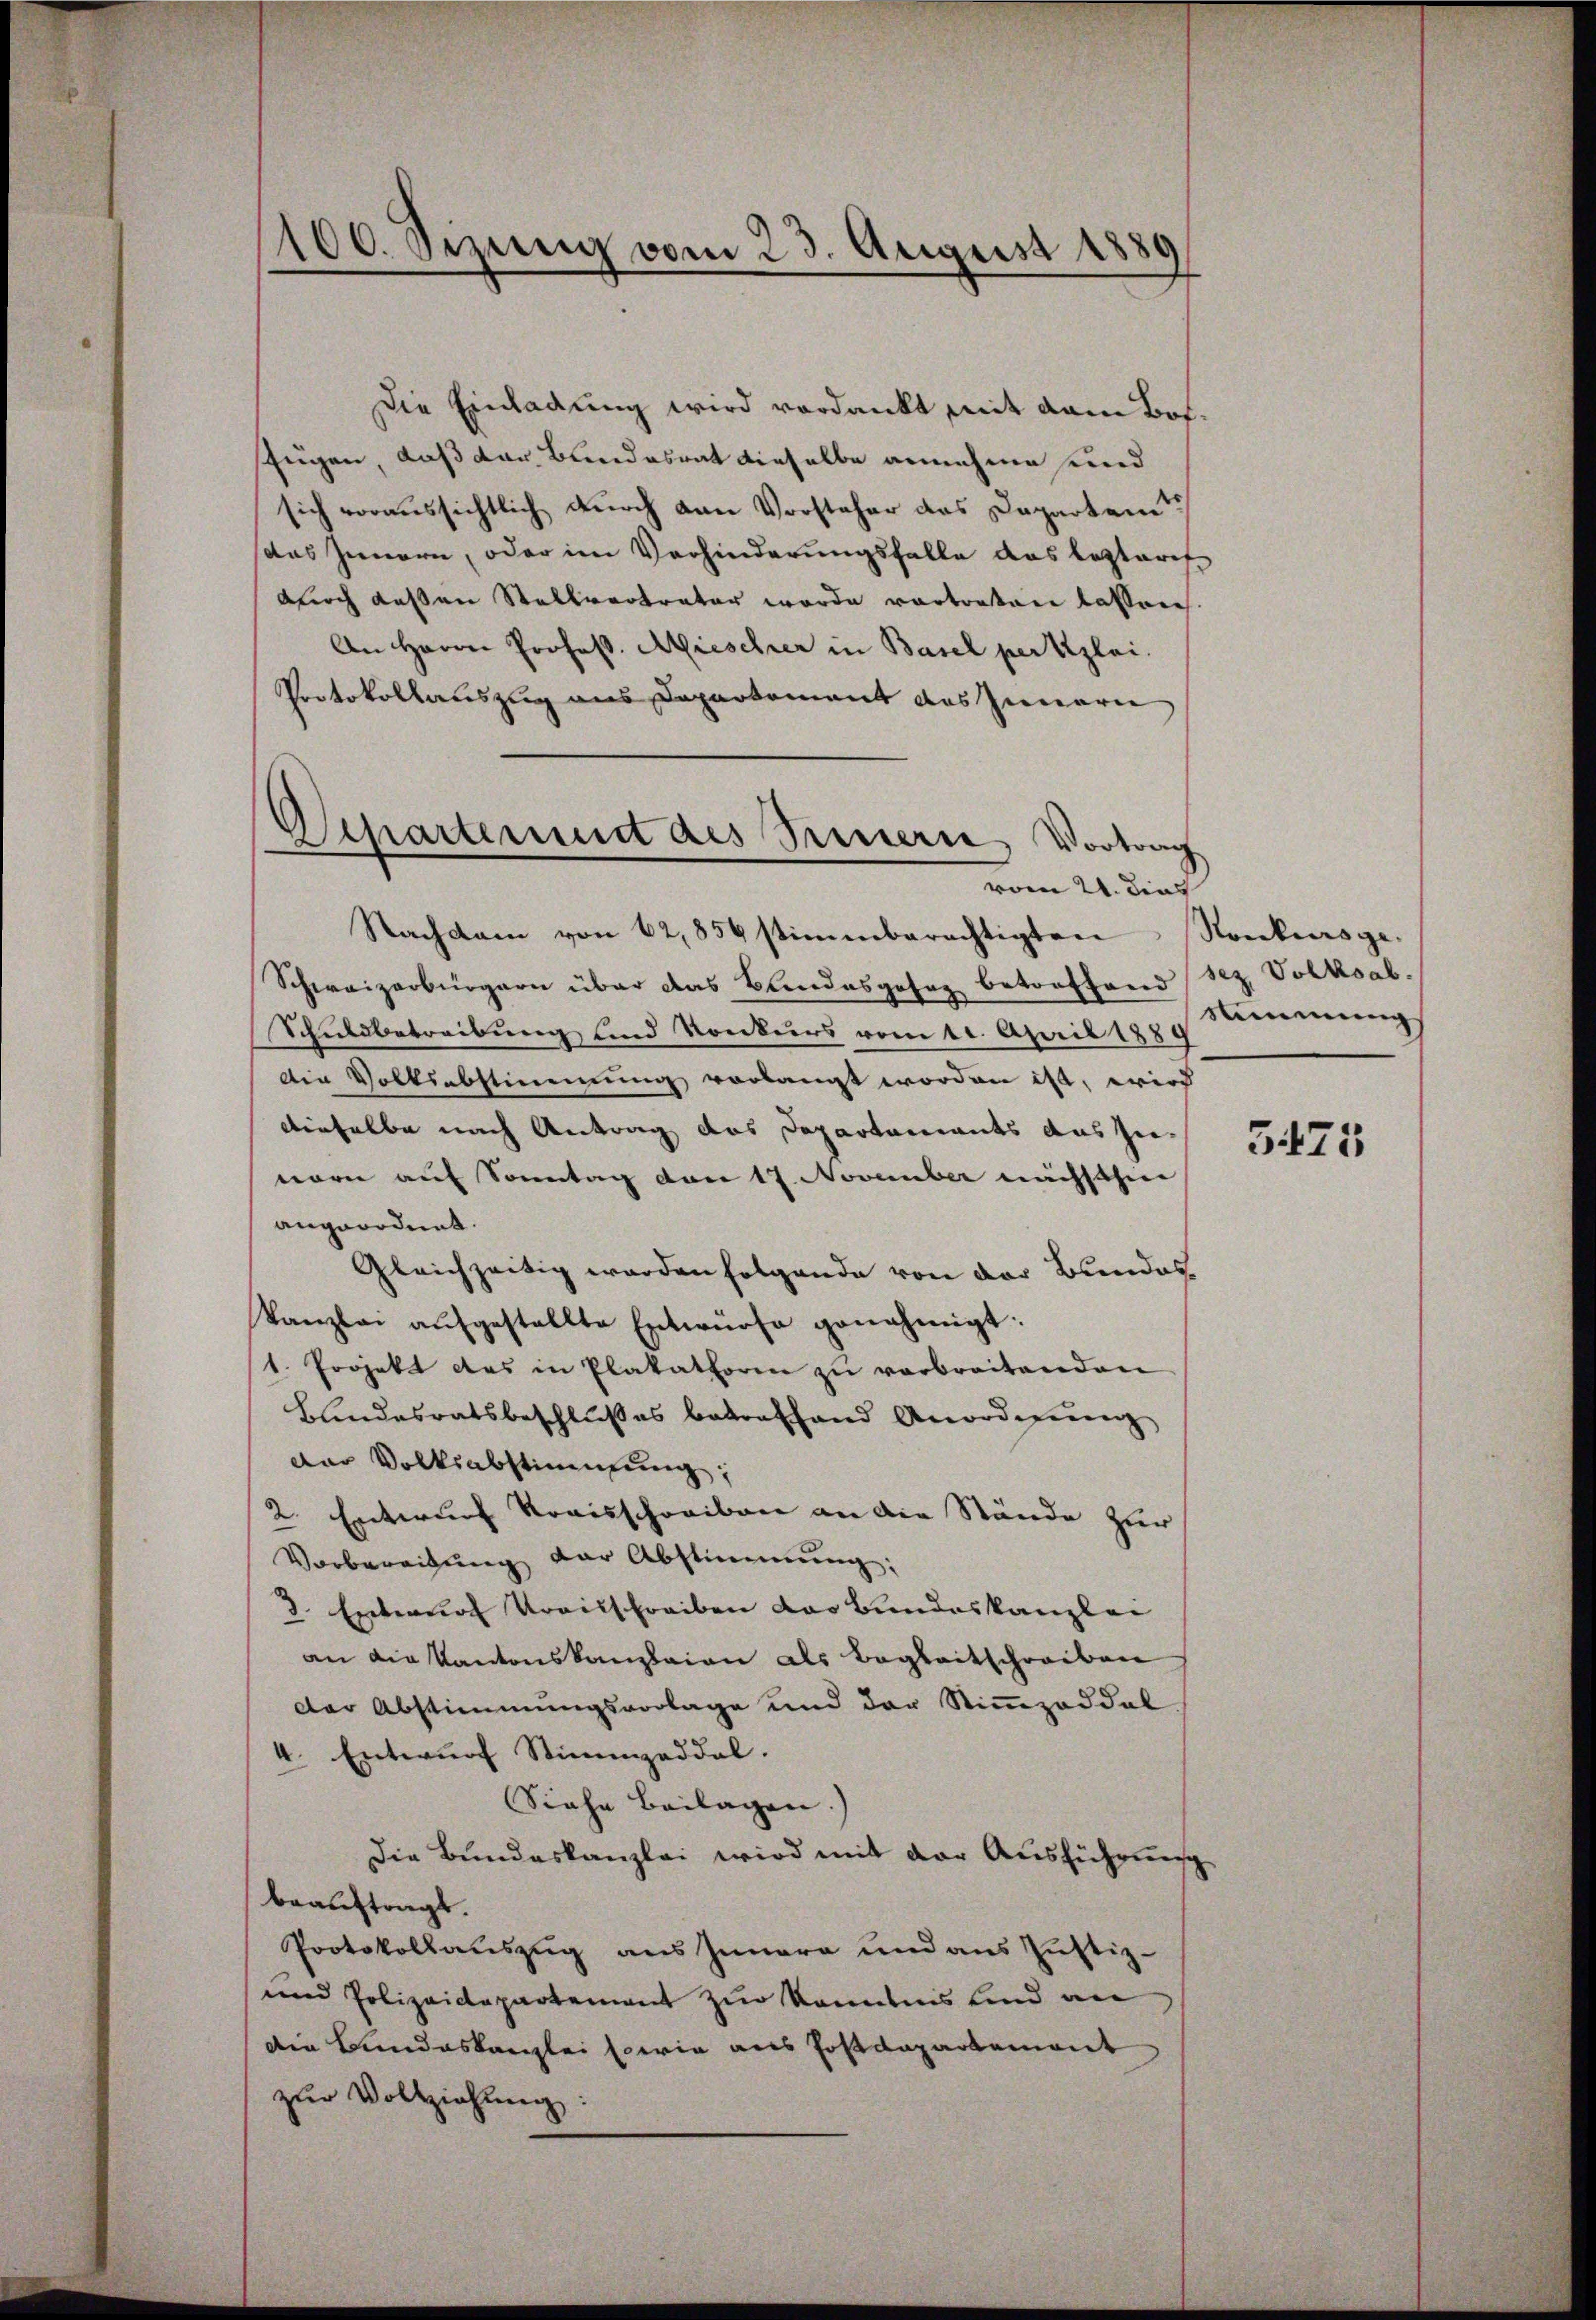
100. Sizung vom 23. August 1889

Die Einladung wird verdankt mit dem Botfügen, daß der Bundesrat dieselbe annehme und
sich voraussichtlich durch von Vorsteher das Departem
das Innern, oder im Verhinderungsfalle das lezteres-
doch dessen Stellvertrater wurde vortreten lassen.
An Herrn Profess. Mieschrer in Basel per Kzlai.
Protokollauszug aus Departement des Innern
Nachdam von 62,854 stimmberechtigten
Schweizerbürgern über das Bundesgesez betreffend sez. Volksab.
Schuldbetreibung und Konkurs vom 11. April 1889
Die Volksabstimmung vorlangt worden ist, wird
denselbe nach Antrag das Departements auszienern auf Sonntag von 17. November nächsthin
angeordnet.
Gleichzeitig werden folgende von der Bundes,
Kanzlei aŭfgestellte Entwürfe genehmigt.
1. Projekt das in Plakathoren zŭ verbreitenden
Bundesratsbeschlußes betreffend Anordnung
der Volksabstimmung;
2. Entwurf Kraisschreiben an die Stände zur
Vorbereitung der Abstimmung:
8. Entwurf Kraisschreiben das Bundeskanzlei
an die Kantonskanzleien als Begleitschreiben
der Abstimmungsvorlage und der Stiṁmzoddal
4. Entwurf Stimmzeddel.
Siehe Beilagen.) |
Die Bundeskanzlei wird mit der Ausführung
beauftragt.
Protokollauszug aus Innere und aus Justiz-
und Polizeidepartement zur kanntnis und an
die Bundeskanzlei sowie aus Postdepartement
zŭr Vollziehung:

Chartement des Steuere Vortrag
vom 21. dies

Ronkursgestimmung

5

3471